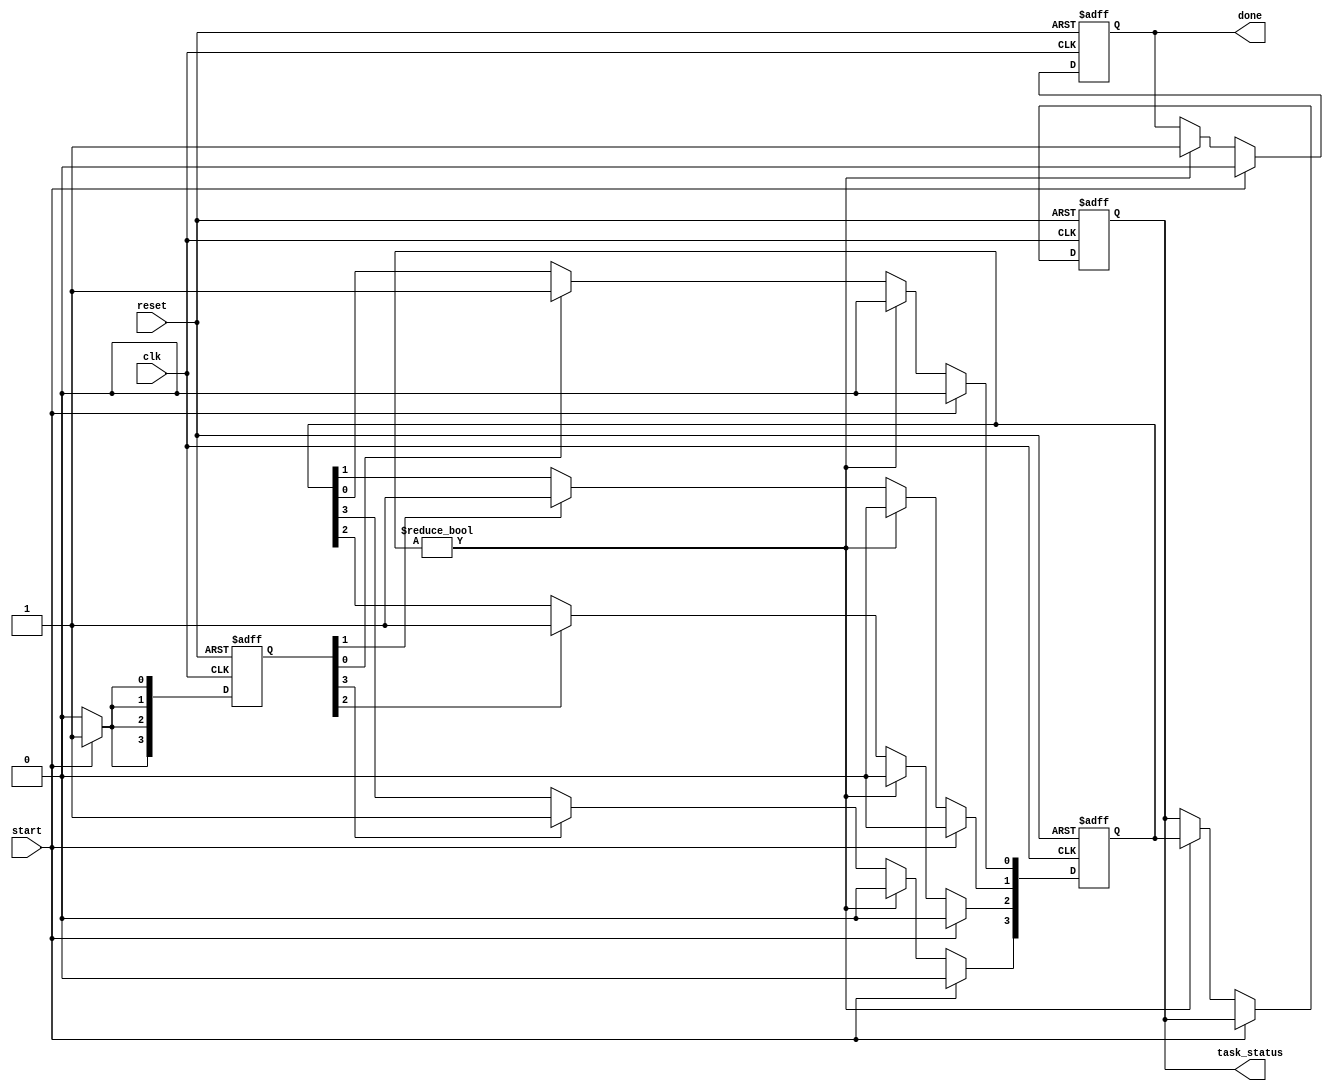
module fork_join_any (
    input wire clk,
    input wire reset,
    input wire start, // Signal to start the fork operation
    output reg done,  // Signal to indicate completion of at least one task
    output reg [3:0] task_status // Status of tasks (1: completed, 0: not completed)
);

    // Task completion flags
    reg [3:0] task_complete; // Flags for task completion
    reg [3:0] task_running;  // Flags for running tasks
    reg [3:0] task_timeout;   // Flags for task timeout (optional)

    // Task completion simulation
    always @(posedge clk or posedge reset) begin
        if (reset) begin
            task_complete <= 4'b0000;
            task_running <= 4'b0000;
            done <= 0;
            task_status <= 4'b0000;
        end else if (start) begin
            // Forking phase: Start concurrent tasks
            task_running <= 4'b1111; // Assume 4 tasks are started
            done <= 0;
            task_complete <= 4'b0000; // Reset completion flags
        end else begin
            // Simulate task completion (for demonstration purposes)
            // In a real scenario, this would be driven by actual task logic
            if (task_running[0]) begin
                // Simulate task 0 completion
                task_complete[0] <= 1;
                task_running[0] <= 0;
            end
            if (task_running[1]) begin
                // Simulate task 1 completion
                task_complete[1] <= 1;
                task_running[1] <= 0;
            end
            if (task_running[2]) begin
                // Simulate task 2 completion
                task_complete[2] <= 1;
                task_running[2] <= 0;
            end
            if (task_running[3]) begin
                // Simulate task 3 completion
                task_complete[3] <= 1;
                task_running[3] <= 0;
            end

            // Check for completion of any task
            if (task_complete != 4'b0000) begin
                done <= 1; // At least one task is done
                task_status <= task_complete; // Update task status
                task_complete <= 4'b0000; // Reset completion flags for next run
            end
        end
    end

endmodule